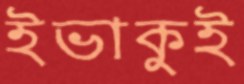
ইভাকুই